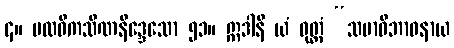
၄။ ပထဝီကသိဏနိဒ္ဒေသော ၅၁။ ဣဒါနိ ယံ ဝုတ္တံ “သမာဓိဘာဝနာယ